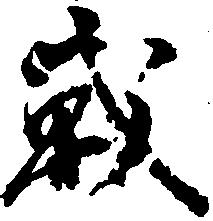
戦